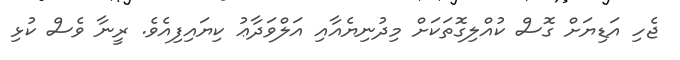
ޖެހި އަޑިޔަށް ގޮސް ކުއްލިގޮތަކަށް މިދުނިޔެއާއި އަލްވަދާޢު ކިޔައިފިއެވެ. ރީނާ ވެސް ކުޅި